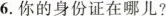
6.你的身份证在哪儿?